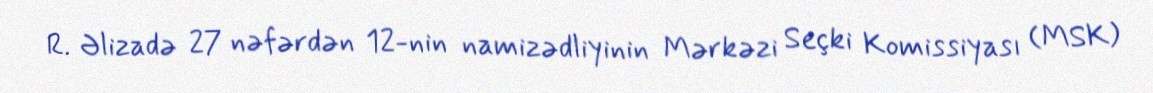
R. Əlizadə 27 nəfərdən 12-nin namizədliyinin Mərkəzi Seçki Komissiyası (MSK)